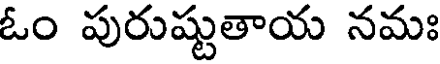
ఓం పురుష్టుతాయ నమః